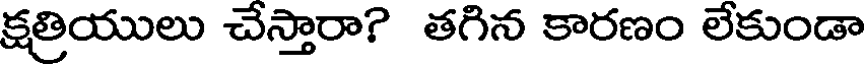
క్షత్రియులు చేస్తారా? తగిన కారణం లేకుండా